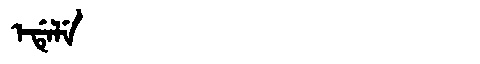
Manchu: ᡝᡩᡝᠯᡝ
Romanization: EDELE